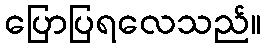
ပြောပြရလေသည်။